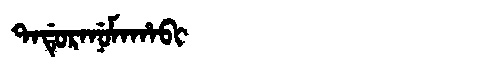
Manchu: ᡨᠠᡩᡠᡵᠠᠨᡠᠮᠠᡥᠠᠪᡳ
Romanization: TADURANUMAHABI